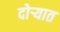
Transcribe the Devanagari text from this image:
दोर्‍यात